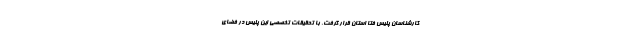
کارشناسان پلیس فتا استان قرار گرفت. با تحقیقات تخصصی این پلیس در فضای